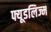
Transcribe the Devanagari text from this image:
फ्यूडलिज्म